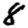
Digit: 8